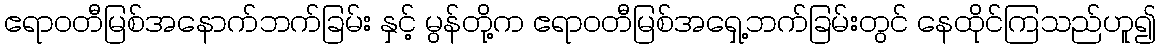
ဧရာဝတီမြစ်အနောက်ဘက်ခြမ်း နှင့် မွန်တို့က ဧရာဝတီမြစ်အရှေ့ဘက်ခြမ်းတွင် နေထိုင်ကြသည်ဟူ၍